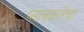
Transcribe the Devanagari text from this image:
प्लावकतेचा